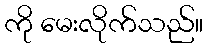
ကို မေးလိုက်သည်။